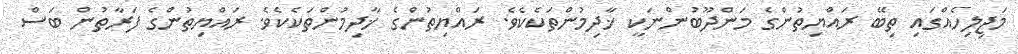
މަޖިލިހެއްގައި ތިބޭ ރައްޔިތުންގެ މަންދޫބުންނަކީ ޚާދިމުންތަކެކެވެ. ރައްޔިތުންގެ ޚާދިމުންތަކެކެވެ. ރައްޔިތުންގެ ފަރާތުން ބަސް